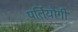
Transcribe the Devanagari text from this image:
पर्तियोगी